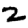
Digit: 2